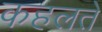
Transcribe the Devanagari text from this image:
कहलते